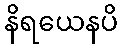
နိရယေနပိ